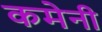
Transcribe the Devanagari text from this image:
कमेनी